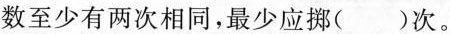
数至少有两次相同，最少应挪( )次。